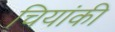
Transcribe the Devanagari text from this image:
चियांकी